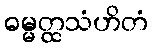
ဓမ္မတ္ထသံဟိတံ